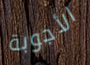
الأجوبة